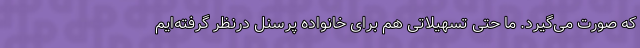
که صورت می‌گیرد. ما حتی تسهیلاتی هم برای خانواده پرسنل درنظر گرفته‌ایم